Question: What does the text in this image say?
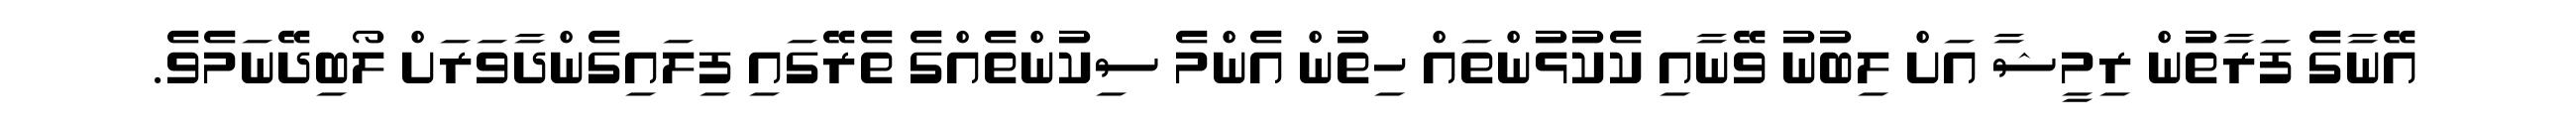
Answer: އޭނާގެ ފަރާތުން ރިމީޝާ އަށް ލިބުނު ވޭނާއި ކެކުޅުންތައް ހިތުން އެންމެ ސިކުންތެއްގެ ތެރޭގައި ފިލައިގެންދާވަރަށް ލޯބިދޭނަމެވެ.